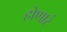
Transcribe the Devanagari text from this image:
होणारं